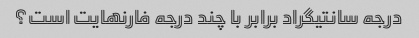
درجه سانتیگراد برابر با چند درجه فارنهایت است؟